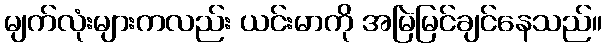
မျက်လုံးများကလည်း ယင်းမာကို အမြဲမြင်ချင်နေသည်။